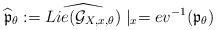
LaTeX: \begin{align*}\widehat{\mathfrak{p}}_{\theta} := \widehat{Lie(\mathcal{G}_{X,x,\theta})}\mid_x = ev^{-1}(\mathfrak{p}_{\theta})\end{align*}